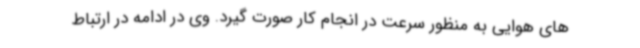
های هوایی به منظور سرعت در انجام کار صورت گیرد. وی در ادامه در ارتباط